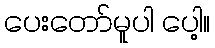
ပေးတော်မူပါ ပေါ့။